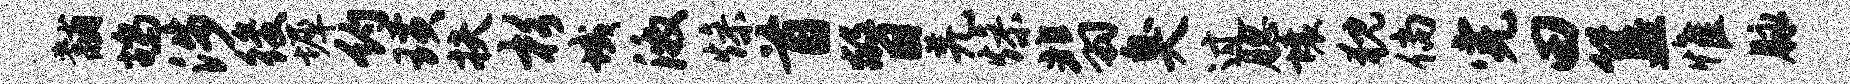
黼鸪涉後墀约璜扶杉域激燥首瞥羌燥翡臭过腮壤猊倘完田簋惟脉